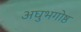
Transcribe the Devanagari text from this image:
अघुभगोष्ठ